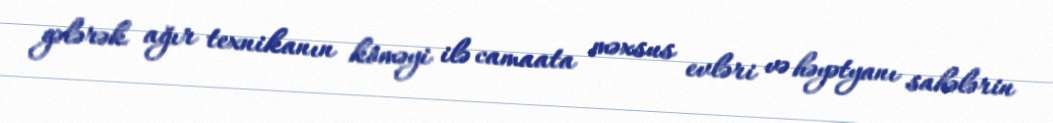
gələrək ağır texnikanın köməyi ilə camaata məxsus evləri və həyətyanı sahələrin